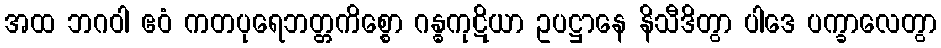
အထ ဘဂဝါ ဧဝံ ကတပုရေဘတ္တကိစ္စော ဂန္ဓကုဋိယာ ဥပဋ္ဌာနေ နိသီဒိတွာ ပါဒေ ပက္ခာလေတွာ